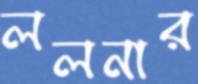
ললনার